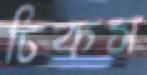
ঢিকস